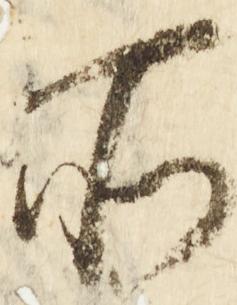
所